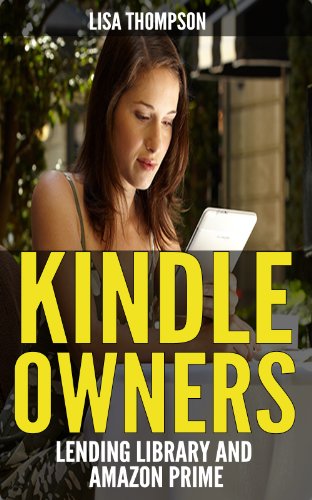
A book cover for Kindle Owners' Lending Library and Amazon Prime; Lisa Thompson; Computers & Technology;